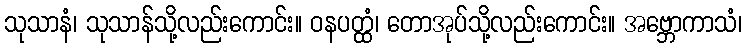
သုသာနံ၊ သုသာန်သို့လည်းကောင်း။ ဝနပတ္ထံ၊ တောအုပ်သို့လည်းကောင်း။ အဗ္ဘောကာသံ၊